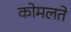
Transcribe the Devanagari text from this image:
कोमलते